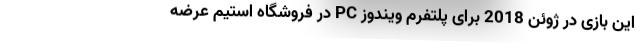
این بازی در ژوئن 2018 برای پلتفرم ویندوز PC در فروشگاه استیم عرضه